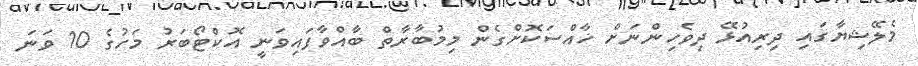
މެލޭޝިޔާގައި ދިރިއުޅޭ ދިވެހިންނަށް ޚާއްސަކޮށްގެން މިމުބާރާތް ބާއްވާފައިވަނީ އޮކްޓޯބަރު މަހުގެ 10 ވަނަ